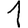
Digit: 1